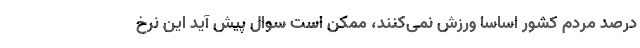
درصد مردم کشور اساسا ورزش نمی‌کنند، ممکن است سوال پیش آید این نرخ